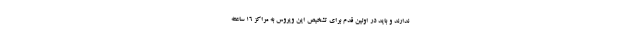
ندارند و باید در اولین قدم برای تشخیص این ویروس به مراکز ۱۶ ساعته